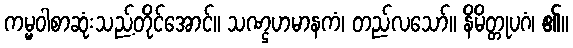
ကမ္မဝါစာဆုံးသည့်တိုင်အောင်။ သဏ္ဌဟမာနကံ၊ တည်လသော်။ နိမိတ္တုပဂံ၊ ၏။